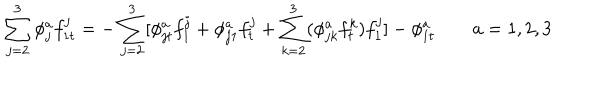
\sum _ { j = 2 } ^ { 3 } \phi _ { j } ^ { a } f _ { 1 t } ^ { j } = - \sum _ { j = 2 } ^ { 3 } [ \phi _ { j t } ^ { a } f _ { 1 } ^ { j } + \phi _ { j 1 } ^ { a } f _ { t } ^ { j } + \sum _ { k = 2 } ^ { 3 } ( \phi _ { j k } ^ { a } f _ { t } ^ { k } ) f _ { 1 } ^ { j } ] - \phi _ { 1 t } ^ { a } \quad \quad a = 1 , 2 , 3